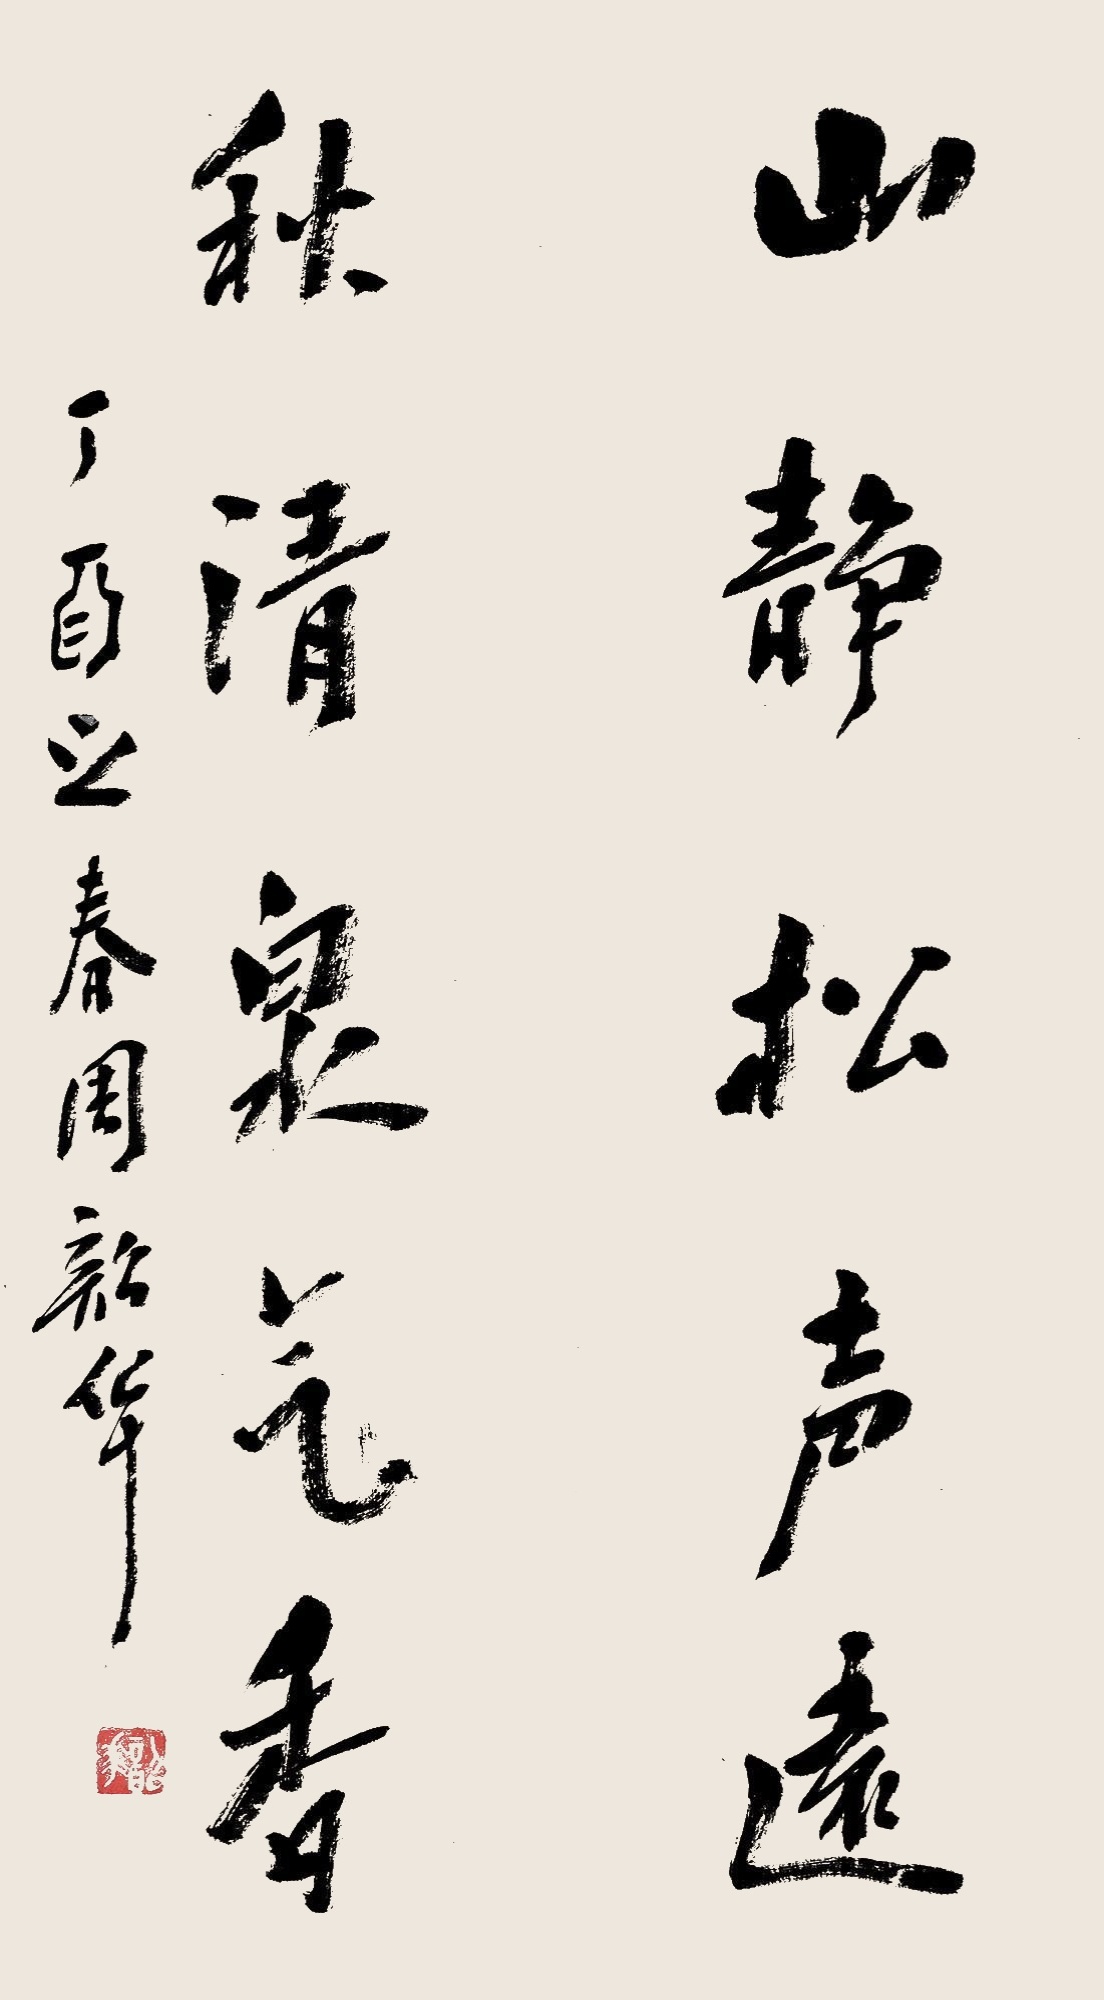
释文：山静松声远，秋清泉气香。丁酉之春周韶华。